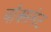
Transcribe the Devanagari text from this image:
बॉक्ससेट